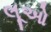
લૂઓ